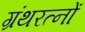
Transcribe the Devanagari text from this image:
ग्रंथरत्नों